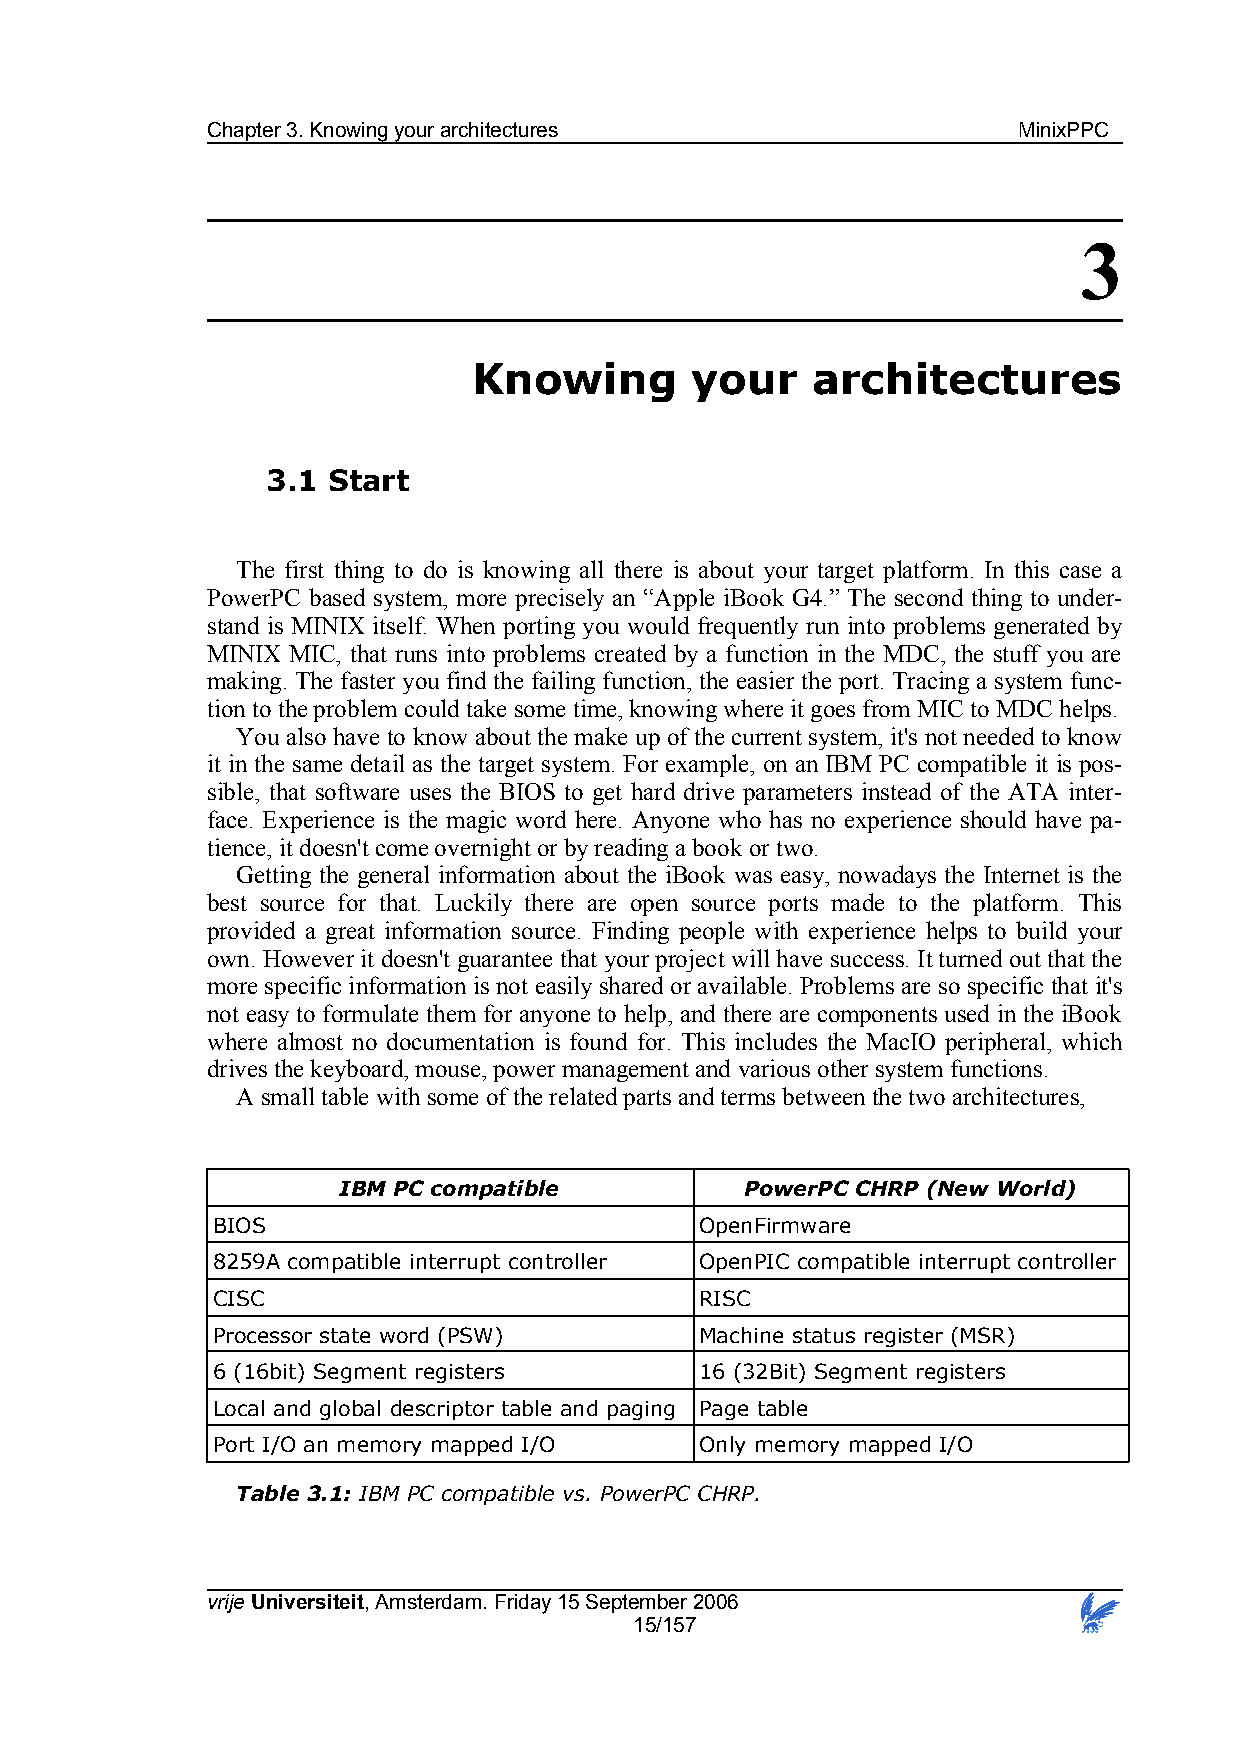
Chapter 3. Knowing your architectures                MinixPPC
 3
 Knowing        your    architectures
 3.1 Start
 The first thing to do is knowing all there is about your target platform. In this case a
 PowerPC based system, more precisely an “Apple iBook G4.” The second thing to under-
 stand is MINIX itself. When porting you would frequently run into problems generated by
 MINIX MIC, that runs into problems created by a function in the MDC, the stuff you are
 making. The faster you find the failing function, the easier the port. Tracing a system func-
 tion to the problem could take some time, knowing where it goes from MIC to MDC helps.
 You also have to know about the make up of the current system, it's not needed to know
 it in the same detail as the target system. For example, on an IBM PC compatible it is pos-
 sible, that software uses the BIOS to get hard drive parameters instead of the ATA inter-
 face. Experience is the magic word here. Anyone who has no experience should have pa-
 tience, it doesn't come overnight or by reading a book or two.
 Getting the general information about the iBook was easy, nowadays the Internet is the
 best source for that. Luckily there are open source ports made to the platform. This
 provided a great information source. Finding people with experience helps to build your
 own. However it doesn't guarantee that your project will have success. It turned out that the
 more specific information is not easily shared or available. Problems are so specific that it's
 not easy to formulate them for anyone to help, and there are components used in the iBook
 where almost no documentation is found for. This includes the MacIO peripheral, which
 drives the keyboard, mouse, power management and various other system functions.
 A small table with some of the related parts and terms between the two architectures,
 IBM PC compatible          PowerPC CHRP (New World)
 BIOS                            OpenFirmware
 8259A compatible interrupt controller OpenPIC compatible interrupt controller
 CISC                            RISC
 Processor state word (PSW)      Machine status register (MSR)
 6 (16bit) Segment registers     16 (32Bit) Segment registers
 Local and global descriptor table and paging Page table
 Port I/O an memory mapped I/O   Only memory mapped I/O
 Table 3.1: IBM PC compatible vs. PowerPC CHRP.
 vrije Universiteit, Amsterdam. Friday 15 September 2006
 15/157